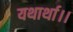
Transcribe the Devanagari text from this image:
यथार्था।।